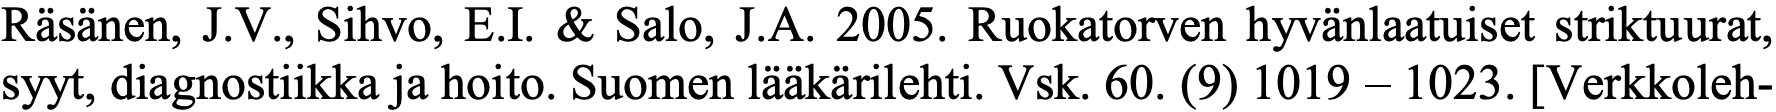
Räsänen, J.V., Sihvo, E.I. & Salo, J.A. 2005. Ruokatorven hyvänlaatuiset striktuurat, syyt, diagnostiikka ja hoito. Suomen lääkärilehti. Vsk. 60. (9) 1019 – 1023. [Verkkoleh-